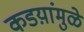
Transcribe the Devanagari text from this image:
कडय़ांमुळे